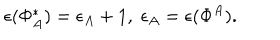
\epsilon ( \Phi _ { A } ^ { * } ) = \epsilon _ { A } + 1 , \; \epsilon _ { A } = \epsilon ( \Phi ^ { A } ) .